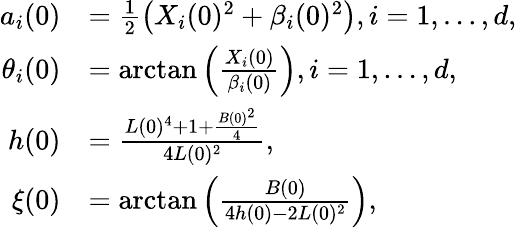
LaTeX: \begin{array}{rl}{a_{i}(0)}&{=\frac{1}{2}\left(X_{i}(0)^{2}+\beta_{i}(0)^{2}\right),i=1,\dots,d,}\\ {\theta_{i}(0)}&{=\arctan\left(\frac{X_{i}(0)}{\beta_{i}(0)}\right),i=1,\dots,d,}\\ {h(0)}&{=\frac{L(0)^{4}+1+\frac{B(0)^{2}}{4}}{4L(0)^{2}},}\\ {\xi(0)}&{=\arctan\left(\frac{B(0)}{4h(0)-2L(0)^{2}}\right),}\end{array}